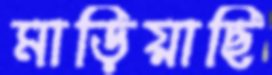
মাড়িয়াছি